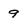
Character: 9